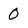
Character: 0